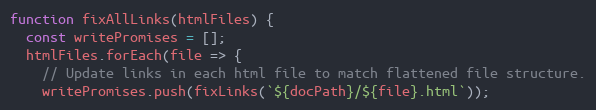
Language: JavaScript
function fixAllLinks(htmlFiles) {
  const writePromises = [];
  htmlFiles.forEach(file => {
    // Update links in each html file to match flattened file structure.
    writePromises.push(fixLinks(`${docPath}/${file}.html`));